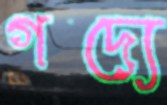
গদ্যে